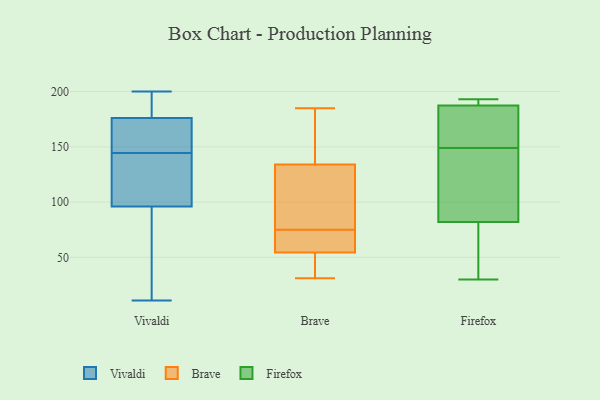
{"axis": {"x": "Satisfaction Score", "y": "Value"}, "legend": ["Brave", "Firefox", "Vivaldi"], "data": [{"x": "", "y": 142, "type": "Vivaldi"}, {"x": "", "y": 110, "type": "Vivaldi"}, {"x": "", "y": 191, "type": "Vivaldi"}, {"x": "", "y": 118, "type": "Vivaldi"}, {"x": "", "y": 191, "type": "Vivaldi"}, {"x": "", "y": 152, "type": "Vivaldi"}, {"x": "", "y": 124, "type": "Vivaldi"}, {"x": "", "y": 176, "type": "Vivaldi"}, {"x": "", "y": 147, "type": "Vivaldi"}, {"x": "", "y": 200, "type": "Vivaldi"}, {"x": "", "y": 54, "type": "Vivaldi"}, {"x": "", "y": 168, "type": "Vivaldi"}, {"x": "", "y": 167, "type": "Vivaldi"}, {"x": "", "y": 179, "type": "Vivaldi"}, {"x": "", "y": 96, "type": "Vivaldi"}, {"x": "", "y": 85, "type": "Vivaldi"}, {"x": "", "y": 11, "type": "Vivaldi"}, {"x": "", "y": 81, "type": "Vivaldi"}, {"x": "", "y": 157, "type": "Brave"}, {"x": "", "y": 75, "type": "Brave"}, {"x": "", "y": 67, "type": "Brave"}, {"x": "", "y": 185, "type": "Brave"}, {"x": "", "y": 55, "type": "Brave"}, {"x": "", "y": 83, "type": "Brave"}, {"x": "", "y": 34, "type": "Brave"}, {"x": "", "y": 54, "type": "Brave"}, {"x": "", "y": 151, "type": "Brave"}, {"x": "", "y": 79, "type": "Brave"}, {"x": "", "y": 31, "type": "Brave"}, {"x": "", "y": 30, "type": "Firefox"}, {"x": "", "y": 119, "type": "Firefox"}, {"x": "", "y": 42, "type": "Firefox"}, {"x": "", "y": 186, "type": "Firefox"}, {"x": "", "y": 161, "type": "Firefox"}, {"x": "", "y": 189, "type": "Firefox"}, {"x": "", "y": 137, "type": "Firefox"}, {"x": "", "y": 60, "type": "Firefox"}, {"x": "", "y": 173, "type": "Firefox"}, {"x": "", "y": 104, "type": "Firefox"}, {"x": "", "y": 190, "type": "Firefox"}, {"x": "", "y": 193, "type": "Firefox"}]}